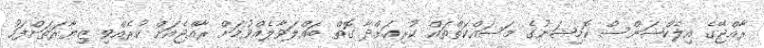
ރާއްޖޭގެ އިލެކްޝަންސް ކޮމިޝަނުގެ މަސައްކަތްތައް ކުރިއަށްދާ ގޮތް ބައްލަވާލެއްވުމަށް ރާއްޖެއަށް ކުރެއްވި ޒިޔާރަތަށްފަހު